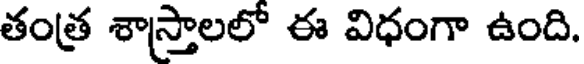
తంత్ర శాస్త్రాలలో ఈ విధంగా ఉంది.